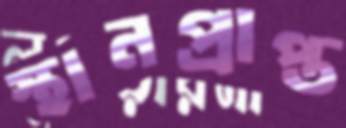
স্থানপ্রাপ্ত